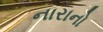
નારાનો